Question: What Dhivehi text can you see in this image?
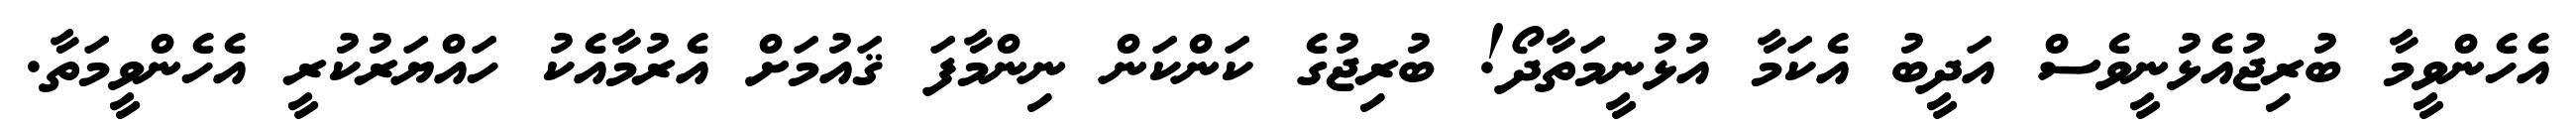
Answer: އެހެންވީމާ ބުރިޖުއެޅުނީވެސް އަދީބު އެކަމާ އުޅުނީމަތާދޯ! ބުރިޖުގެ ކަންކަން ނިންމާފަ ޤައުމަށް އެރުމާއެކު ހައްޔަރުކުރީ އެހެންވީމަތާ.